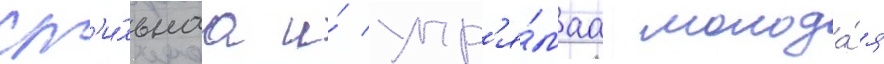
Ст'и́льнаа и́ упр'я́маа молода́я